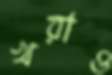
খরাও